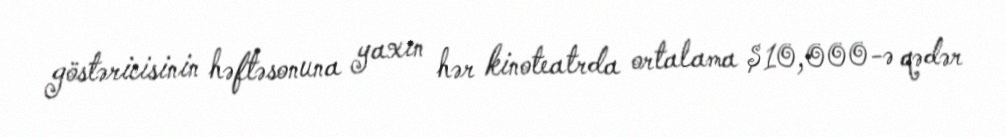
göstəricisinin həftəsonuna yaxın hər kinoteatrda ortalama $10,000-ə qədər